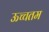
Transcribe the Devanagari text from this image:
ऊच्चतम